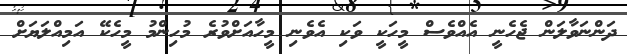
ދަންނަވާލަން ޖެހެނީ އެއްވެސް މީހަކީ ވަކި އެވެނި މީހާއަށްވުރެ މުހިންމު މީހެކޭ އަމިއްލަޔަށް